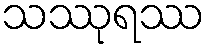
သဿုရဿ